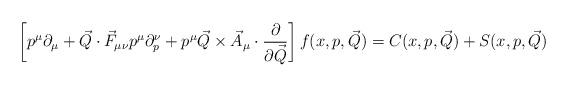
LaTeX: \begin{align*}\left[ p^\mu\partial_\mu+\vec{Q}\cdot \vec{F}_{\mu\nu}p^{\mu}\partial_p^\nu+p^{\mu}\vec{Q}\times \vec{A}_\mu \cdot {\partial \over \partial \vec{Q}} \right]f(x,p,\vec{Q})=C(x,p,\vec{Q})+S(x,p,\vec{Q})\end{align*}